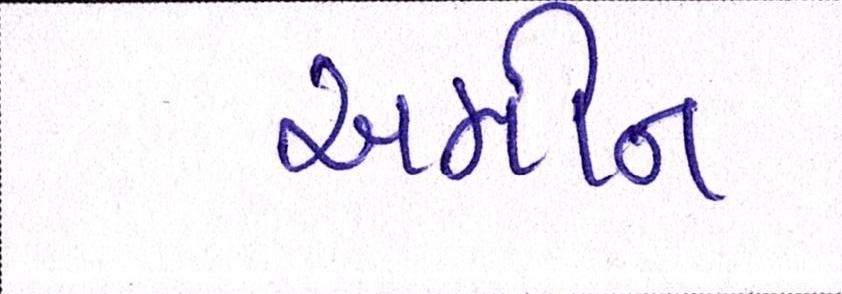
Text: અમીન